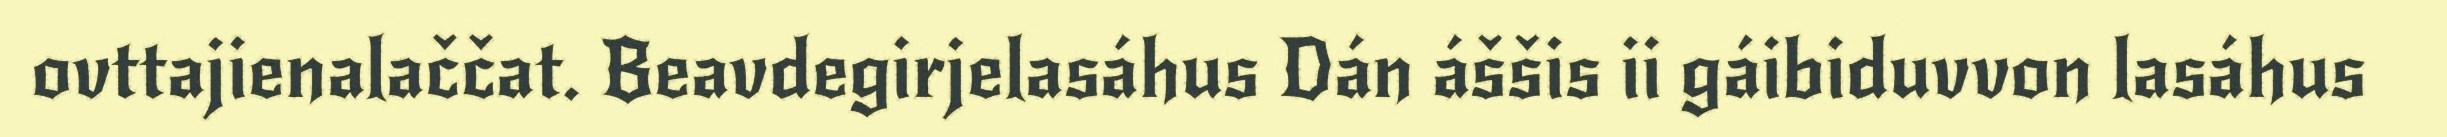
ovttajienalaččat. Beavdegirjelasáhus Dán áššis ii gáibiduvvon lasáhus